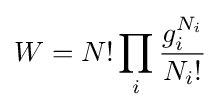
W=N!\prod _{i}{\frac {g_{i}^{N_{i}}}{N_{i}!}}